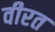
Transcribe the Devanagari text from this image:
वीरत